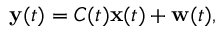
\mathbf { y } ( t ) = C ( t ) \mathbf { x } ( t ) + \mathbf { w } ( t ) ,